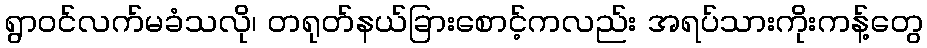
ရွာဝင်လက်မခံသလို၊ တရုတ်နယ်ခြားစောင့်ကလည်း အရပ်သားကိုးကန့်တွေ